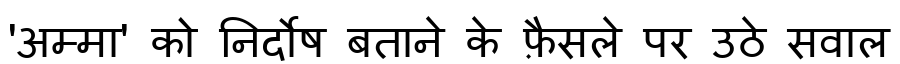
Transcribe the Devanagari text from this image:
'अम्मा' को निर्दोष बताने के फ़ैसले पर उठे सवाल